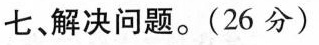
七、解决问题。(26分)